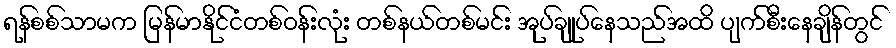
ရန်စစ်သာမက မြန်မာနိုင်ငံတစ်ဝန်းလုံး တစ်နယ်တစ်မင်း အုပ်ချုပ်နေသည်အထိ ပျက်စီးနေချိန်တွင်